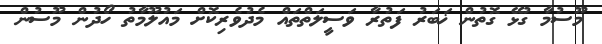
މޫސުމާ ގުޅޭ ގޮތުން ޚަބަރު ފަތުރާ ވަސީލަތްތައް މެދުވެރިކޮށް މައުލޫމާތު ހޯދުން މޫސުން